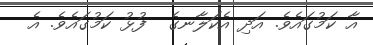
އާ ކަމުގައެވެ. އަދި އެކަލާނގެ  ފުޅު ކަމުގައެވެ. އެ